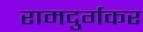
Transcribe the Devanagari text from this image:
रामदुर्गकर